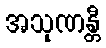
အသုဏန္တီ